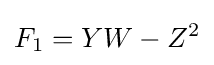
F_{1}=YW-Z^{2}